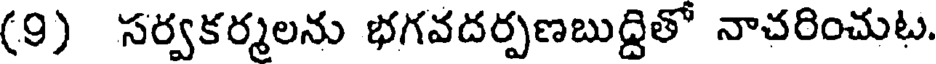
(9) సర్వకర్మలను భగవదర్పణబుద్దితో నాచరించుట.